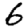
Digit: 6